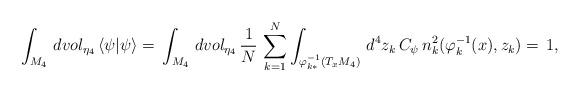
LaTeX: \begin{align*}\int_{M_4}\,dvol_{{\eta}_4}\,\langle\psi|\psi\rangle=\,\int_{M_4}\,dvol_{{\eta}_4}\,\frac{1}{N}\,\sum^N_{k=1}\int_{\varphi^{-1}_{k*}(T_xM_4)}\,d^4z_k\,C_\psi\,n^2_k(\varphi^{-1}_{k}(x),z_k)=\,1,\end{align*}